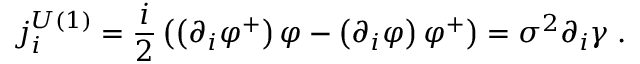
j _ { i } ^ { U ( 1 ) } = \frac { i } { 2 } \left( \left( \partial _ { i } \varphi ^ { + } \right) \varphi - \left( \partial _ { i } \varphi \right) \varphi ^ { + } \right) = \sigma ^ { 2 } \partial _ { i } \gamma \; \mathrm { . }